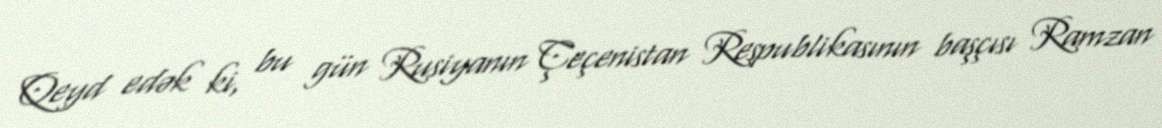
Qeyd edək ki, bu gün Rusiyanın Çeçenistan Respublikasının başçısı Ramzan